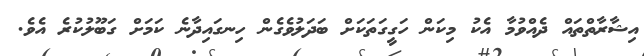
އިޝާރާތްތައް ދެއްވުމާ އެކު މިކަން ހަގީގަތަކަށް ބަދަލުވެގެން ހިނގައިދާނެ ކަމަށް ގަބޫލުކުރެ އެވެ.